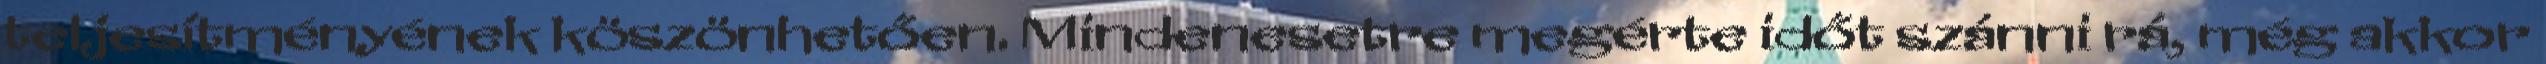
teljesítményének köszönhetően. Mindenesetre megérte időt szánni rá, még akkor